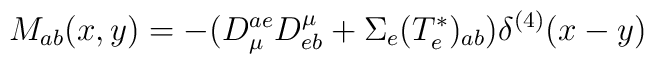
M_{ab} (x, y) = - (D^{ae}_{\mu} D^{\mu}_{eb} + \Sigma_e(T^{\ast}_e)_{ab}) \delta^{(4)} (x - y)